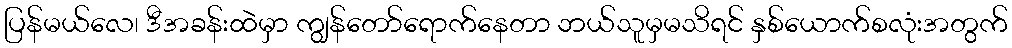
ပြန်မယ်လေ၊ ဒီအခန်းထဲမှာ ကျွန်တော်ရောက်နေတာ ဘယ်သူမှမသိရင် နှစ်ယောက်စလုံးအတွက်